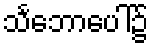
သင်္ဘောပေါ်၌